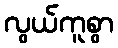
လွယ်ကူစွာ